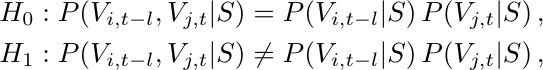
\begin{align*}
    H_0: P(V_{i,t-l},V_{j,t}|S)=P(V_{i,t-l}|S)\,P(V_{j,t}|S)\,,\\
    H_1: P(V_{i,t-l},V_{j,t}|S)\neq P(V_{i,t-l}|S)\,P(V_{j,t}|S)\,,
\end{align*}